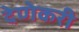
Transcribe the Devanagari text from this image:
देणेकरी